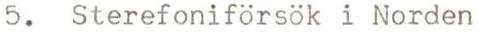
5. Sterefoniförsök i Norden